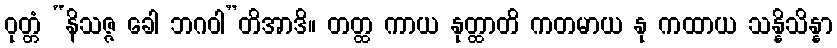
ဝုတ္တံ “နိသဇ္ဇ ခေါ ဘဂဝါ”တိအာဒိ။ တတ္ထ ကာယ နုတ္ထာတိ ကတမာယ နု ကထာယ သန္နိသိန္နာ